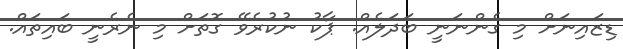
ޑިޒައިނަށް މި ގެންނަނީ ބަދަލެއް. ޕާކު ނުކުރެވޭ ގޮތަށް މި ނެރެނީ ބައިތައް.